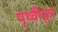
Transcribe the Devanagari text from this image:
पृथ्वीपुत्र